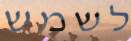
לשמש